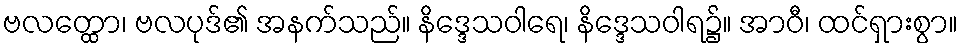
ဗလတ္ထော၊ ဗလပုဒ်၏ အနက်သည်။ နိဒ္ဒေသဝါရေ၊ နိဒ္ဒေသဝါရ၌။ အာဝီ၊ ထင်ရှားစွာ။